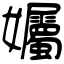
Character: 孎